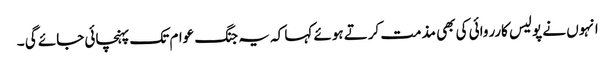
انہوں نے پولیس کارروائی کی بھی مذمت کرتے ہوئے کہا کہ یہ جنگ عوام تک پہنچائی جائے گی ۔